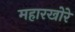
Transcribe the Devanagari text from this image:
महारखोरे